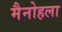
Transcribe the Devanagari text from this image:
मैनोहला